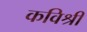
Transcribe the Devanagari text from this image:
कविश्री